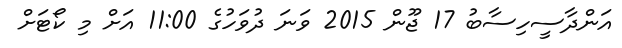
އަންދާސީހިސާބު 17 ޖޫން 2015 ވަނަ ދުވަހުގެ 11:00 އަށް މި ކޯޓަށް